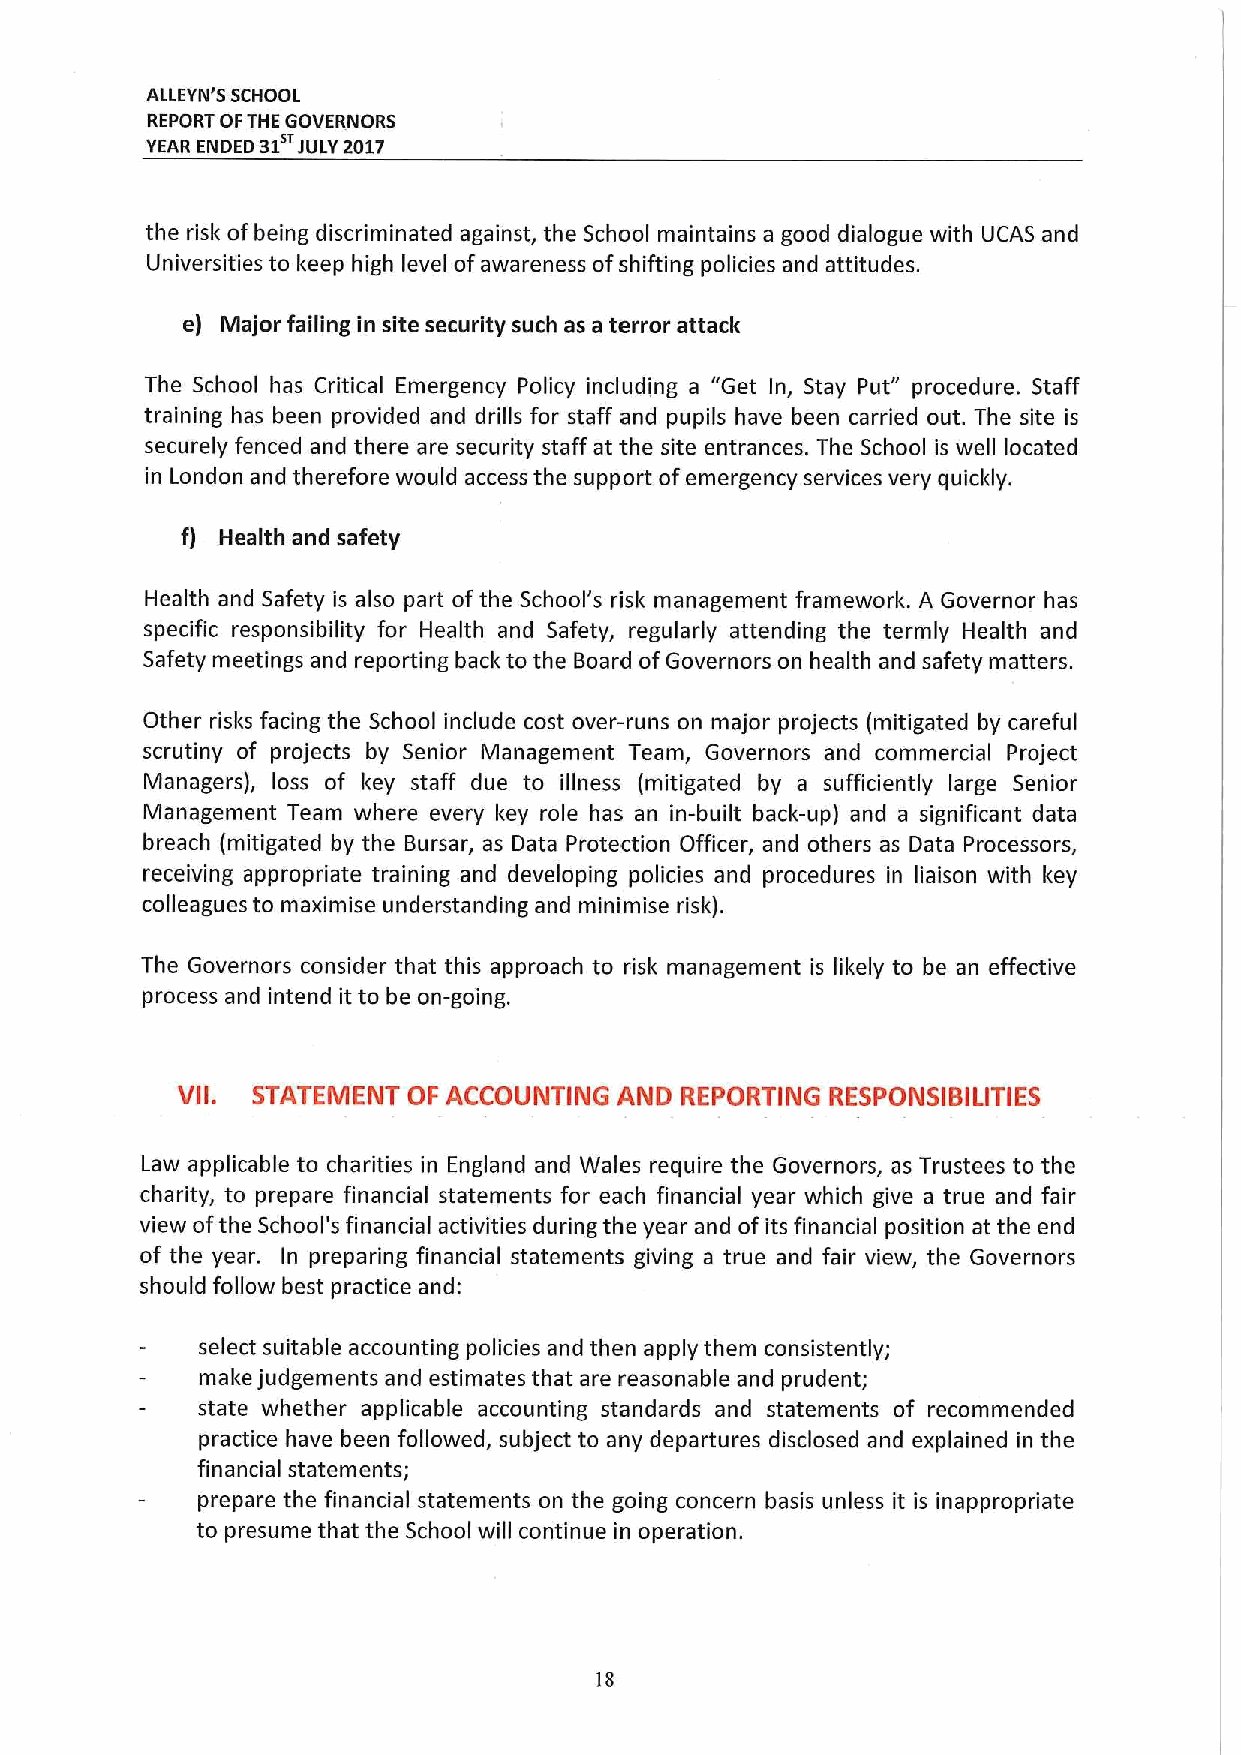
ALLEYN'S SCHOOL
 REPORT OPTHE GOVERNORS
 YEAR ENDED 31 JULY2017
 the risk ofbeing discriminated against, the School maintains a good dialogue with UCAS and
 Universities to keep high level ofawareness ofshifting policies and attitudes.
 e) Major failing in site security such as a terror attack
 The School has Critical Emergency Policy including a "Get In, Stay Put" procedure. Staff
 training has been provided and drills for staff and pupils have been carried out. The site is
 securely fenced and there are security staff at the site entrances, The School is well located
 in London and therefore would access the support ofemergency services very quickly.
 f) Health and safety
 Health and Safety is also part ofthe School's risk management framework. A Governor has
 specific responsibility for Health and Safety, regularly attending the termly Health and
 Safety meetings and reporting back to the Board ofGovernors on health and safety matters.
 Other risks facing the School include cost over-runs on major projects (mitigated by careful
 scrutiny of projects by Senior Management Team, Governors and commercial Project
 Managers), loss of key staff due to illness (mitigated by a sufficiently large Senior
 Management Team where every key role has an in-built back-up) and a significant data
 breach (mitigated by the Bursar, as Data Protection Officer, and others as Data Processors,
 receiving appropriate training and developing policies and procedures in liaison with key
 colleagues to maximise understanding and minimise risk).
 The Governors consider that this approach to risk management is likely to be an effective
 process and intend it to be on-going.
 VII. STATEMENT OF ACCOUNTING AND REPORTING RESPONSIBILITIES
 Law applicable to charities in England and Wales require the Governors, as Trustees to the
 charity, to prepare financial statements for each financial year which give a true and fair
 view ofthe School's financial activities during the year and ofits financial position at the end
 of the year. In preparing financial statements giving a true and fair view, the Governors
 should follow best practice and:
 select suitable accounting policies and then apply them consistently;
 make judgements and estimates that are reasonable and prudent;
 state whether applicable accounting standards and statements of recommended
 practice have been followed, subject to any departures disclosed and explained in the
 financial statements;
 prepare the financial statements on the going concern basis unless it is inappropriate
 to presume that the School will continue in operation.